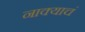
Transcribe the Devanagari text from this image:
नाक्याचं